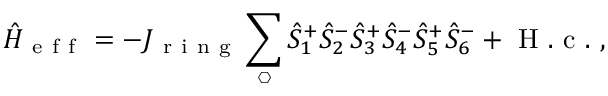
\hat { H } _ { \mathrm { ~ e ~ f ~ f ~ } } = - J _ { \mathrm { ~ r ~ i ~ n ~ g ~ } } \sum _ { \hexagon } \hat { S } _ { 1 } ^ { + } \hat { S } _ { 2 } ^ { - } \hat { S } _ { 3 } ^ { + } \hat { S } _ { 4 } ^ { - } \hat { S } _ { 5 } ^ { + } \hat { S } _ { 6 } ^ { - } + \mathrm { ~ H ~ . ~ c ~ . ~ } ,